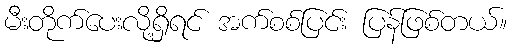
မီးတိုက်ပေးလို့ရှိရင် အက်စစ်ပြင်း ပြန်ဖြစ်တယ်။